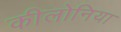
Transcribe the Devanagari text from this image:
कीलोनिया